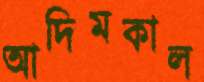
আদিমকাল